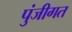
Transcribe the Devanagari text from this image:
पुंजीगत